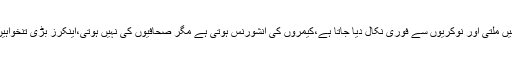
طیب بلوچ کا کہنا تھا کہ صحافیوں کو طبی سہولیات نہیں ملتی اور نوکریوں سے فوری نکال دیا جاتا ہے،کیمروں کی انشورنس ہوتی ہے مگر صحافیوں کی نہیں ہوتی،اینکرز بڑی تنخواہیں لیتے ہیں لیکن رپورٹرزکو باقاعدہ تنخواہیں نہیں ملتی۔